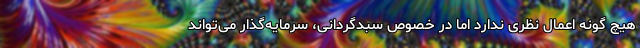
هیچ گونه اعمال نظری ندارد اما در خصوص سبدگردانی، سرمایه‌گذار می‌تواند